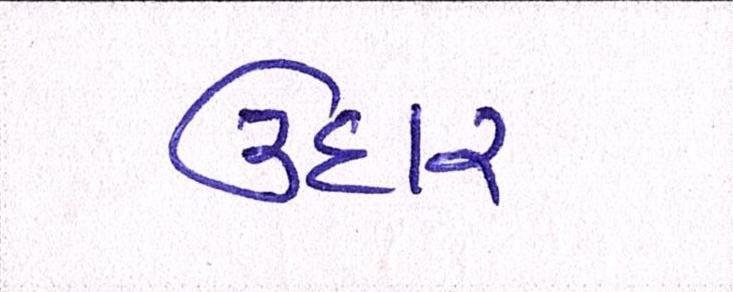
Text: ઉદાર